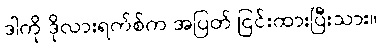
ဒါကို ဒိုလားရက်စ်က အပြတ် ငြင်းထားပြီးသား။